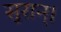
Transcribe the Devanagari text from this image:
सुरान्।